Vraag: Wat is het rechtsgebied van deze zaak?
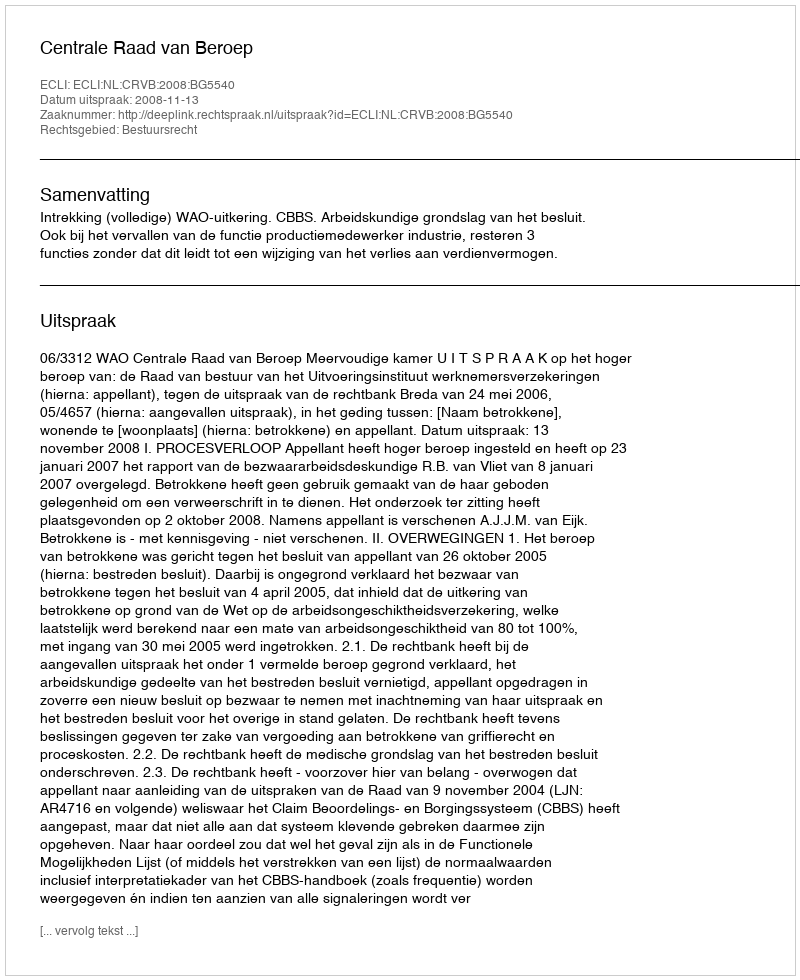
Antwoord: Bestuursrecht